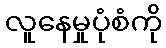
လူနေမှုပုံစံကို